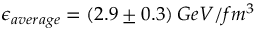
\epsilon _ { a v e r a g e } = ( 2 . 9 \pm 0 . 3 ) \: G e V / f m ^ { 3 }